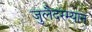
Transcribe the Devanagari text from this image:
जुलैदरम्यान